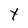
Character: t